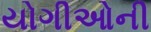
યોગીઓની